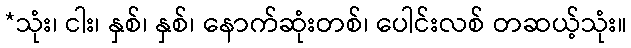
*သုံး၊ ငါး၊ နှစ်၊ နှစ်၊ နောက်ဆုံးတစ်၊ ပေါင်းလစ် တဆယ့်သုံး။